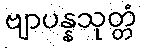
ဗျာပန္နသုတ္တံ